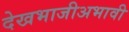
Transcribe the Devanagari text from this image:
देखभाजीअभावी